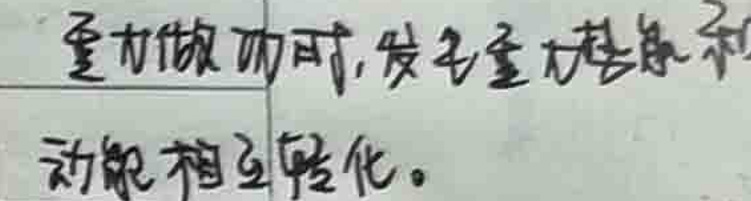
重力做功时，机械能和动能相互转化。